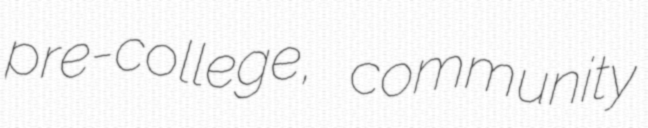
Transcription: pre-college, community